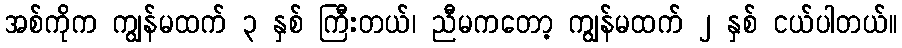
အစ်ကိုက ကျွန်မထက် ၃ နှစ် ကြီးတယ်၊ ညီမကတော့ ကျွန်မထက် ၂ နှစ် ငယ်ပါတယ်။